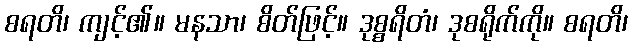
စရတိ၊ ကျင့်၏။ မနသာ၊ စိတ်ဖြင့်။ ဒုစ္စရိတံ၊ ဒုစရိုက်ကို။ စရတိ၊